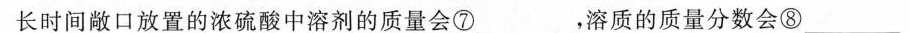
长时间敞口放置的浓硫酸中溶剂的质量会⑦___，溶质的质量分数会⑧___